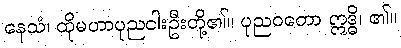
နေသံ၊ ထိုမဟာပုညငါးဦးတို့၏။ ပုညဝတော ဣဒ္ဓိ၊ ၏။